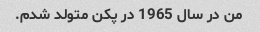
من در سال 1965 در پکن متولد شدم.